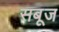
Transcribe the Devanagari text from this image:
सबूज